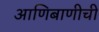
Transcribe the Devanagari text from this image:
आणिबाणीची